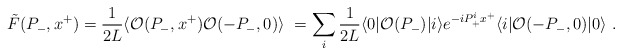
\begin{align*}\tilde{F}(P_-,x^+) = {1 \over 2 L} \langle {\cal O}(P_-,x^+) {\cal O}(-P_-,0) \rangle\ =\sum_i {1 \over 2 L} \langle 0| {\cal O}(P_-) | i\rangle e^{-i P_+^i x^+} \langle i| {\cal O}(-P_-,0) |0 \rangle\ .\end{align*}